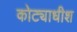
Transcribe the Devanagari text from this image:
कोट्याधीश